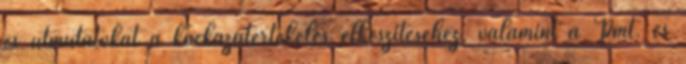
és útmutatókat a kockázatértékelés elkészítéséhez, valamint a Pmt. és